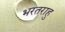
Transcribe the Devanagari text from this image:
भरतराहु